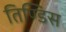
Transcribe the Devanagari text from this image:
तिण्डिस